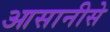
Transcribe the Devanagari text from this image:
आसानीसे